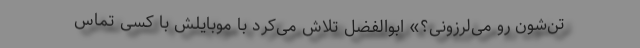
تن‌شون رو می‌لرزونی؟» ابوالفضل تلاش می‌کرد با موبایلش با کسی تماس